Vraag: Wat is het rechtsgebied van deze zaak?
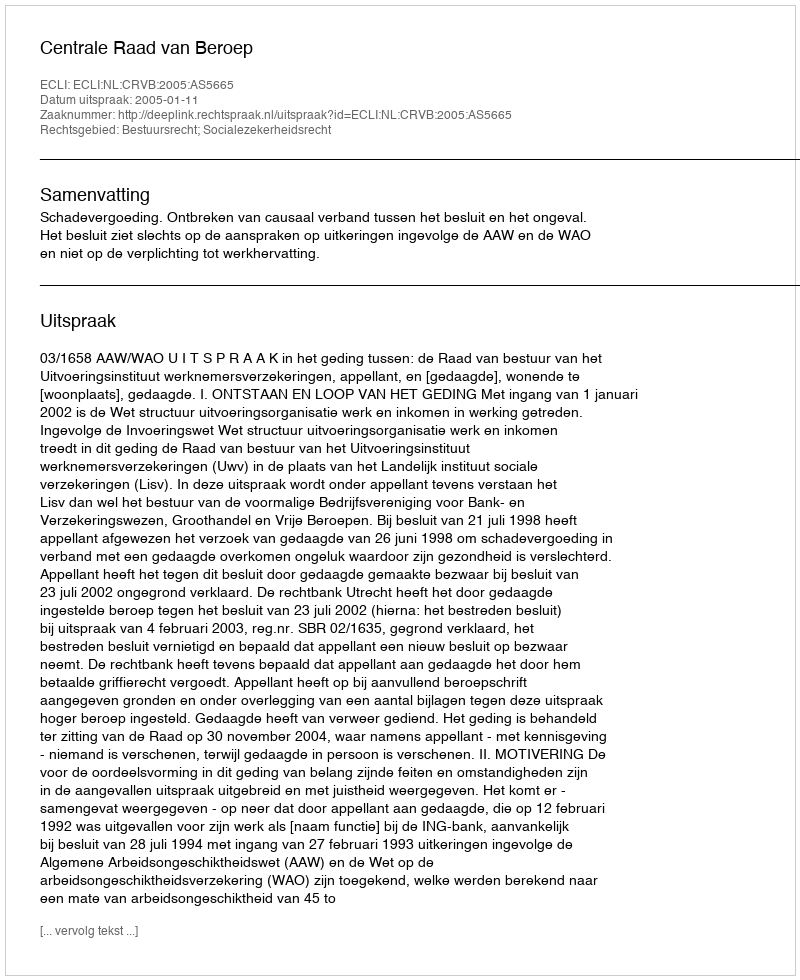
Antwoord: Bestuursrecht; Socialezekerheidsrecht